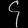
Digit: ၄